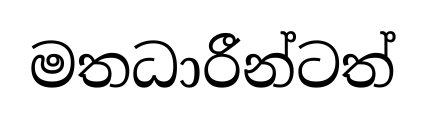
මතධාරීන්ටත්